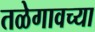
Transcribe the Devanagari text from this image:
तळेगावच्या